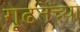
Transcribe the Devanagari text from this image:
गूढतेच्या